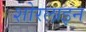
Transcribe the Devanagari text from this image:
शोरलाइन